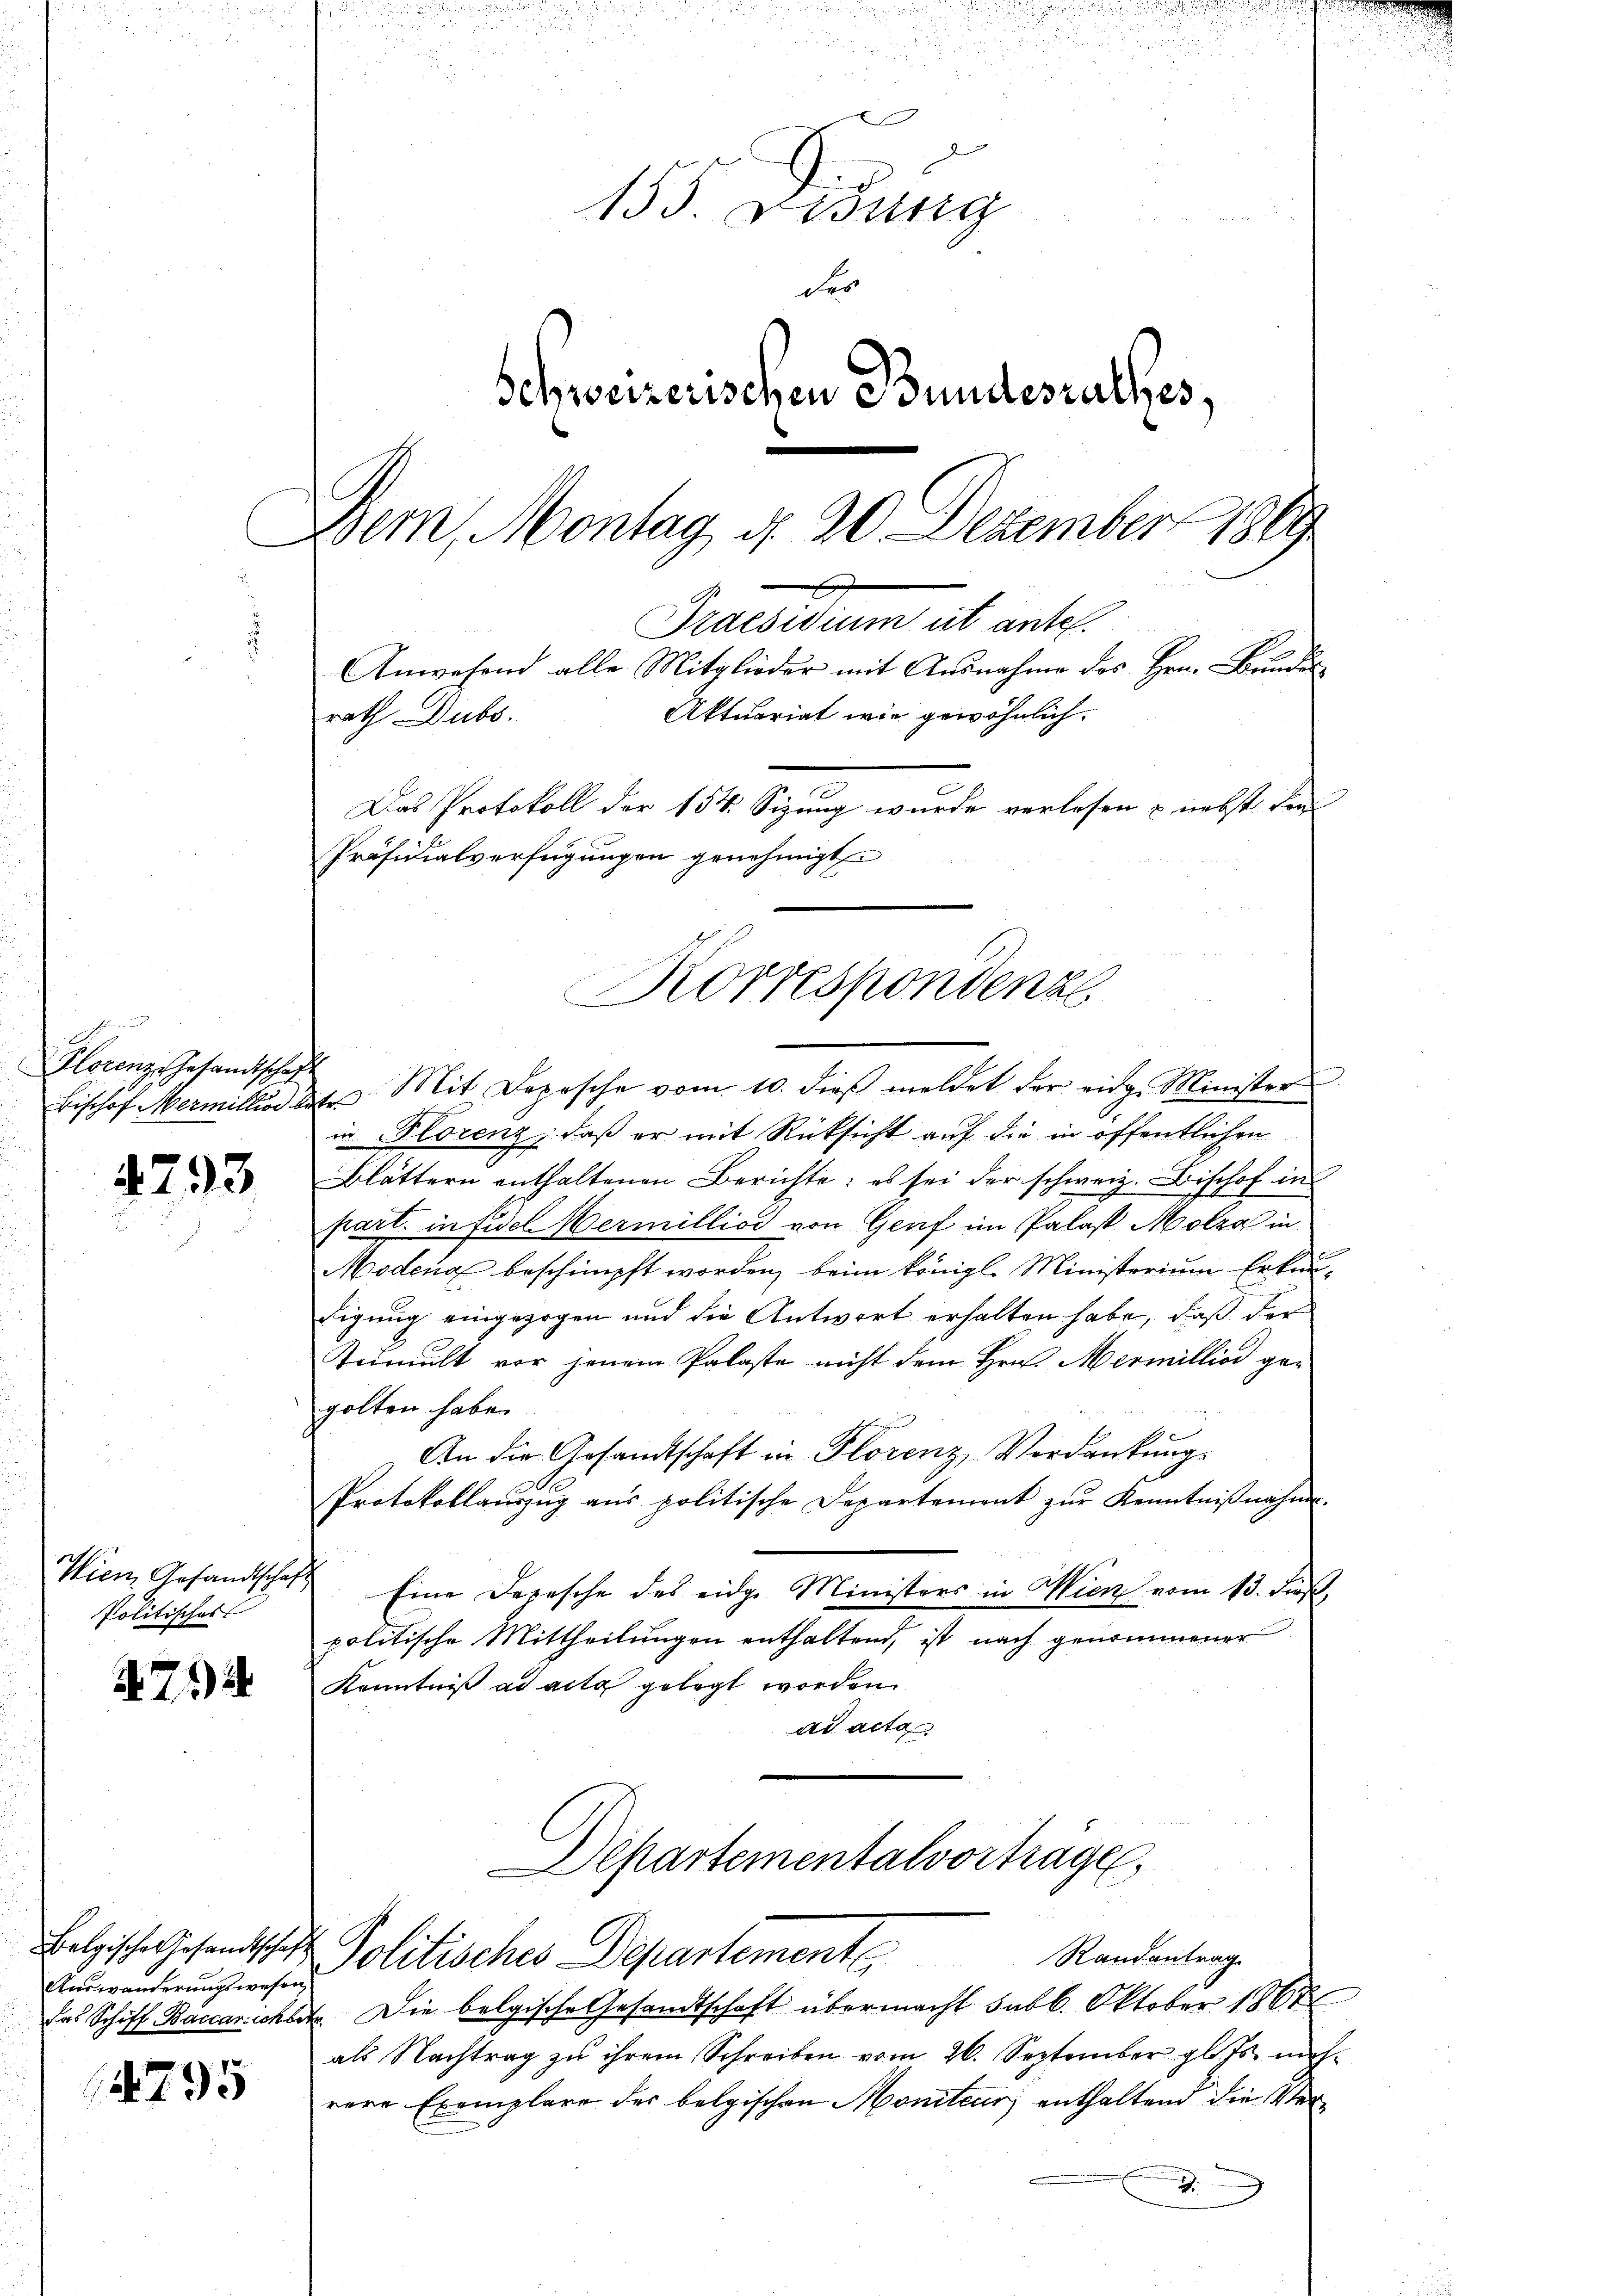
.
Horenz gesandtschaft

4793

Politisches

A.71)

Auswanderungswesen

795

u
2
i

x
2
155. Lesung
der
Schweizerischen Bundesrathes,
.
Dem Montag d. 20. Dezember 1889
.
Praesidium ut ante.
Anwesend alle Mitglieder mit Ausnahme des Hrn. Bander
Aktuariat wie gewöhnlich
rath Dubs.
Das Protokoll der 154. Sizung wurde verlesen & nebst den
Präsidialverfügungen genehmigt

Korrespondenz

Bischof Mermillied dete Mit Depesche vom 10. dieβ meldet der eidg. Minister
in Florenz, daß er mit Rücksicht auf die in öffentlichen
Blättern enthaltenen Berichte: es sei der schweiz. Bischof in
part. in Fidel Vermilliod von Genf im Palast Molra in
Modena beschimpft worden, beim königl. Ministerium Erkundigung eingezogen und die Antwort erhalten habe, daß der
Zumult vor jenem Palaste nicht dem Hrn. Mermilliod gegolten habe.
An die Gesandtschaft in Florenz, Verdankung
Protokollanzug aus politische Departement zur Kenntniβnahme.
Wien Gesandtschaft. Eine Depesche des eidge Ministers in Wien vom 13. Fuß,
politische Mittheilungen enthaltend, ist nach genommener
Kenntniß ad acta gelegt worden.
ad acta
¬

das Schiff Baccarichbet. Die belgische Gesandtschaft übermacht subl. Oktober 1867
als Nachtrag zu ihrem Schreiben vom 26. September gl. Js. nichrere Exemplare des belgischen Moniteur enthaltend die Ver¬
.

Departementalvortrage
Belgische Gesandtschaft Politisches Departemente
Randantrag